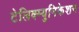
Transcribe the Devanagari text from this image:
टेलिक्म्युनिकेशन